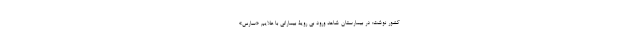
کشور نوشت: در بیمارستان شاهد ورود بی رویۀ بیمارانی با علایم «سارس»